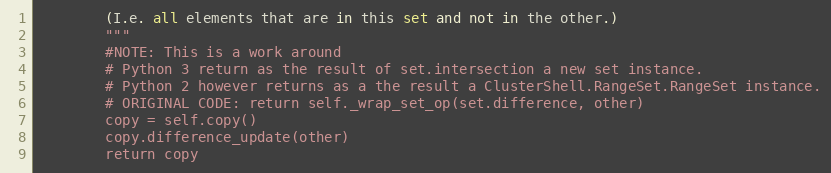
Language: Python
        (I.e. all elements that are in this set and not in the other.)
        """
        #NOTE: This is a work around
        # Python 3 return as the result of set.intersection a new set instance.
        # Python 2 however returns as a the result a ClusterShell.RangeSet.RangeSet instance.
        # ORIGINAL CODE: return self._wrap_set_op(set.difference, other)
        copy = self.copy()
        copy.difference_update(other)
        return copy